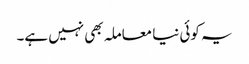
یہ کوئی نیا معاملہ بھی نہیں ہے۔